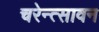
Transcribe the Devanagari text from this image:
चरेन्त्सावन